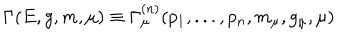
LaTeX: \Gamma ( E , g , m , \mu ) \equiv \Gamma _ { \mu } ^ { ( n ) } ( p _ { 1 } , . . . , p _ { n } , m _ { \mu } , g _ { \mu } , \mu )